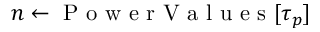
n \gets \mathrm { ~ P ~ o ~ w ~ e ~ r ~ V ~ a ~ l ~ u ~ e ~ s ~ } [ { \tau _ { p } } ]